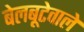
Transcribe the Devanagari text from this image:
बेलबूटेवाले